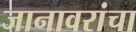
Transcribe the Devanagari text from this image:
जानावरांचा